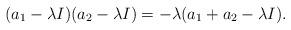
LaTeX: \begin{align*}(a_1 - \lambda I)(a_2 - \lambda I) = -\lambda(a_1 + a_2 - \lambda I).\end{align*}